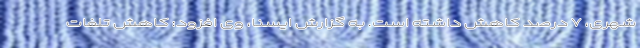
شهری، ۷ درصد کاهش داشته است. به گزارش ایسنا، وی افزود: کاهش تلفات